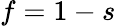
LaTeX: f=1-s